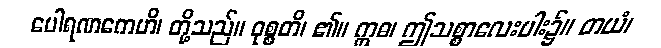
ပေါရဏကေဟိ၊ တို့သည်။ ဝုစ္စတိ၊ ၏။ ဣဓ၊ ဤသစ္စာလေးပါး၌။ တယံ၊